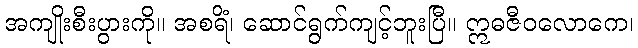
အကျိုးစီးပွားကို။ အစရိံ၊ ဆောင်ရွက်ကျင့်ဘူးပြီ။ ဣဓဇီဝလောကေ၊